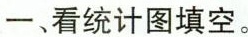
一、看统计图填空。